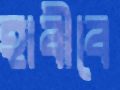
হাবীবে